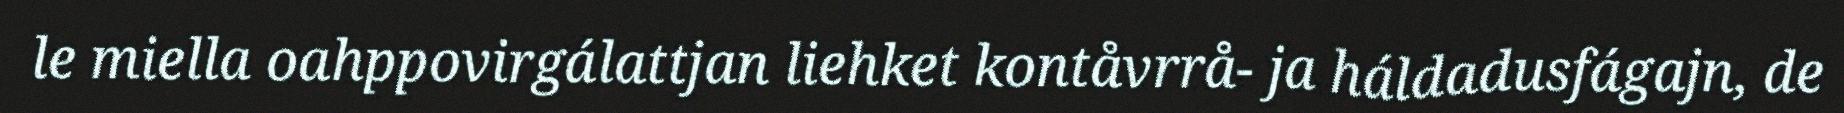
le miella oahppovirgálattjan liehket kontåvrrå- ja háldadusfágajn, de